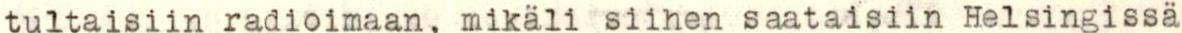
tultaisiin radioimaan, mikäli siihen saataisiin Helsingissä